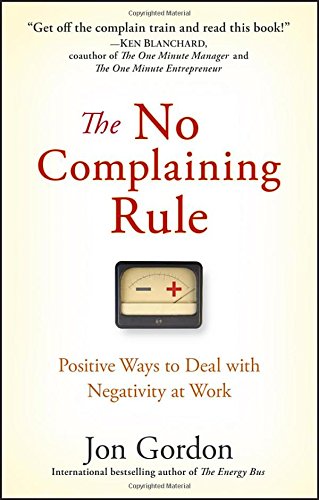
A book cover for The No Complaining Rule: Positive Ways to Deal with Negativity at Work; Jon Gordon; Health, Fitness & Dieting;